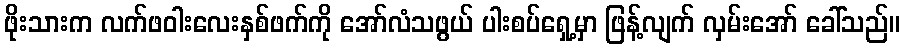
ဖိုးသားက လက်ဖဝါးလေးနှစ်ဖက်ကို အော်လံသဖွယ် ပါးစပ်ရှေ့မှာ ဖြန့်လျက် လှမ်းအော် ခေါ်သည်။